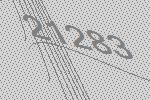
21283